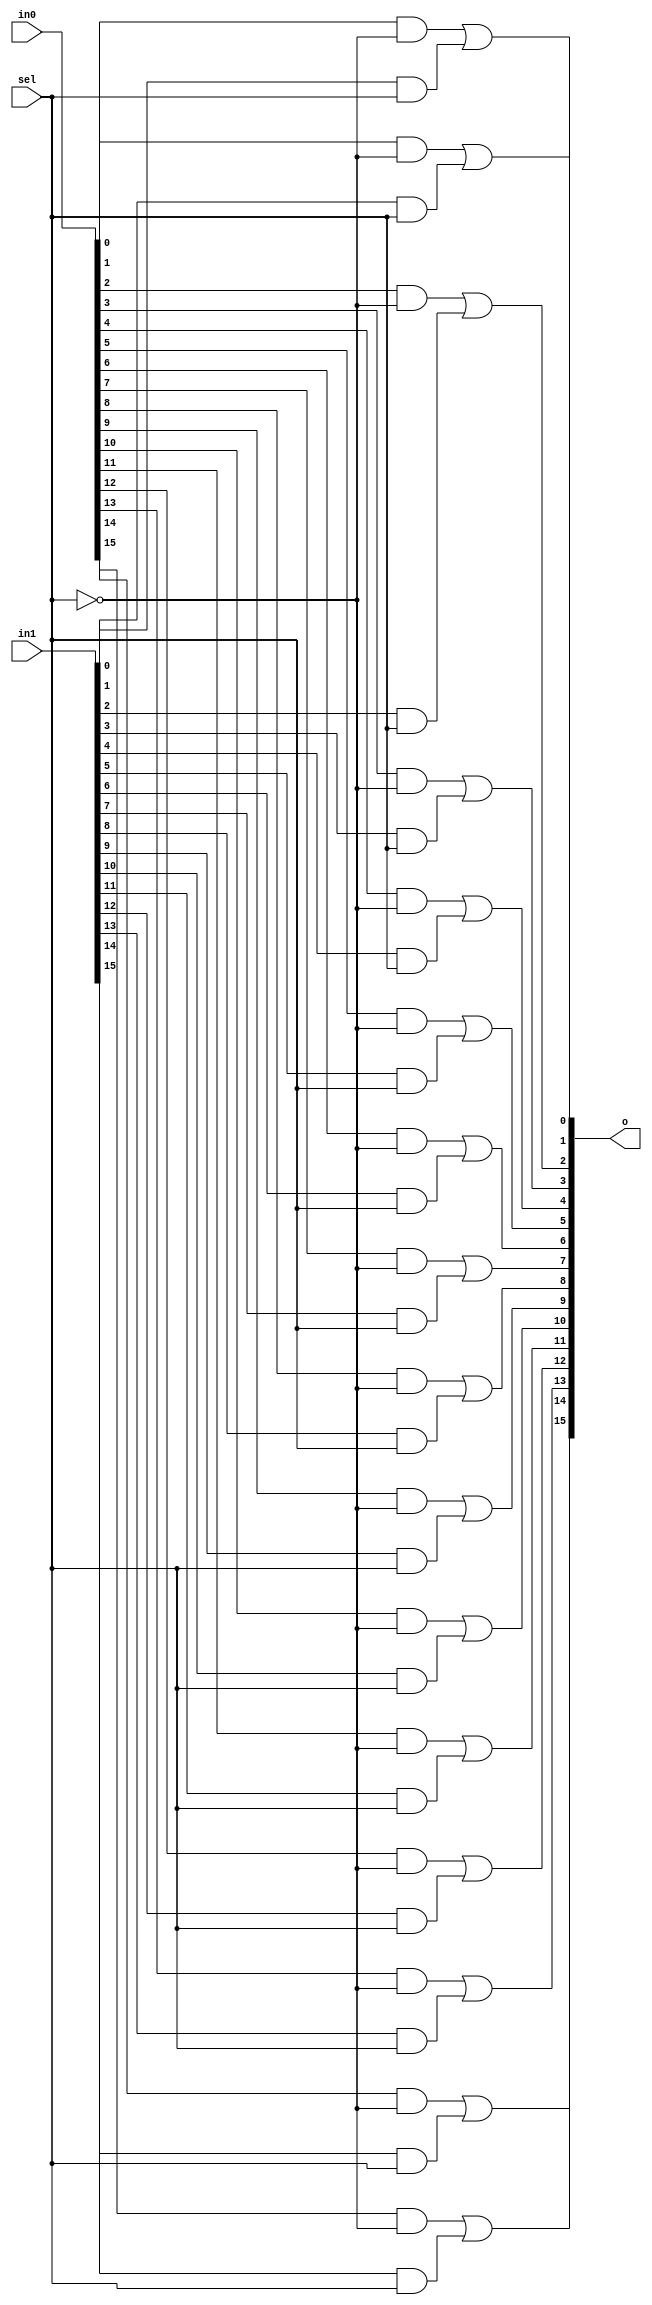
`timescale 1ns / 1ps
//////////////////////////////////////////////////////////////////////////////////
// Company: 
// Engineer: 
// 
// Design Name: 
// Module Name: m2_1x16
// Project Name: 
// Target Devices: 
// Tool Versions: 
// Description: 
// 
// Dependencies: 
// 
// Revision:
// Revision 0.01 - File Created
// Additional Comments:
// 
//////////////////////////////////////////////////////////////////////////////////


module m2_1x16 (
        input [15:0] in0,
        input [15:0] in1,
        input sel,
        output [15:0] o
    );
    assign o[0] = (in0[0] & ~sel) | (in1[0] & sel);
    assign o[1] = (in0[1] & ~sel) | (in1[1] & sel);
    assign o[2] = (in0[2] & ~sel) | (in1[2] & sel);
    assign o[3] = (in0[3] & ~sel) | (in1[3] & sel);
    assign o[4] = (in0[4] & ~sel) | (in1[4] & sel);
    assign o[5] = (in0[5] & ~sel) | (in1[5] & sel);
    assign o[6] = (in0[6] & ~sel) | (in1[6] & sel);
    assign o[7] = (in0[7] & ~sel) | (in1[7] & sel);
    assign o[8] = (in0[8] & ~sel) | (in1[8] & sel);
    assign o[9] = (in0[9] & ~sel) | (in1[9] & sel);
    assign o[10] = (in0[10] & ~sel) | (in1[10] & sel);
    assign o[11] = (in0[11] & ~sel) | (in1[11] & sel);
    assign o[12] = (in0[12] & ~sel) | (in1[12] & sel);
    assign o[13] = (in0[13] & ~sel) | (in1[13] & sel);
    assign o[14] = (in0[14] & ~sel) | (in1[14] & sel);
    assign o[15] = (in0[15] & ~sel) | (in1[15] & sel);

endmodule